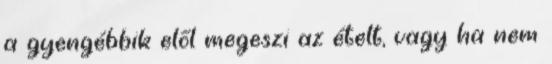
a gyengébbik elől megeszi az ételt, vagy ha nem